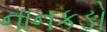
નાનકઙો